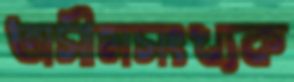
অসীমসংখ্যক